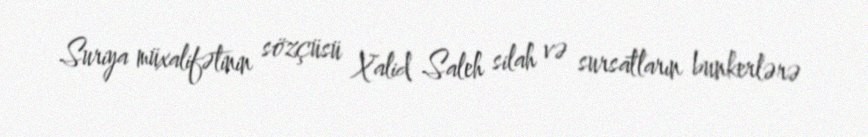
Suriya müxalifətinin sözçüsü Xalid Saleh silah və sursatların bunkerlərə